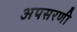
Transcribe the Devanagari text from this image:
अपसरणी